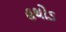
હથોડ